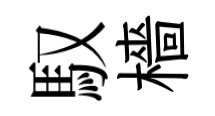
馭檣